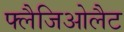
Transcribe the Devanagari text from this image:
फ्लैजिओलैट